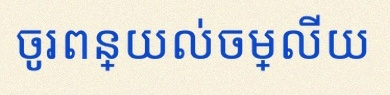
ចូរពន្យល់ចម្លើយ